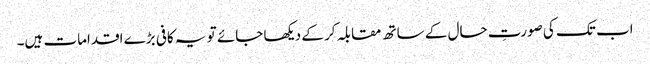
اب تک کی صورتِ حال کے ساتھ مقابلہ کر کے دیکھا جائے تو یہ کافی بڑے اقدامات ہیں۔